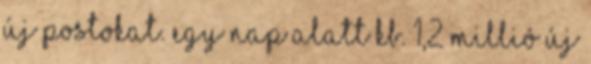
új postokat. Egy nap alatt kb. 1,2 millió új